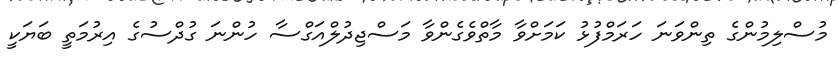
މުސްލިމުންގެ ތިންވަނަ ހަރަމްފުޅު ކަމަށްވާ މާތްވެގެންވާ މަސްޖިދުލްއަގްސާ ހުންނަ ގުދްސުގެ އިރުމަތީ ބަޔަކީ